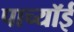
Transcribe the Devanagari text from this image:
पाच्यॉई